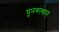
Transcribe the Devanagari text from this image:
पुनरुत्‍थान